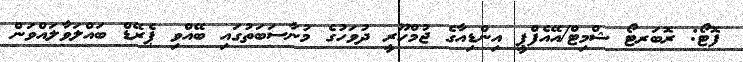
ފޮޓޯ: ރޮބަރޓޯ ޝްމިޓް/އޭއެފްޕީ އިންޑިއާގެ ޖުމްހޫރީ ދުވަހުގެ މުނާސަބަތުގައި ބޭއްވި ޕެރޭޑް ބައްލަވާލައްވަން